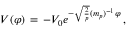
V ( \varphi ) \, = \, - V _ { 0 } e ^ { - \sqrt { \frac { 2 } { p } } ( m _ { p } ) ^ { - 1 } \varphi } \, ,